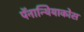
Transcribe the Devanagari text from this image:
पॅनान्थियाकोस